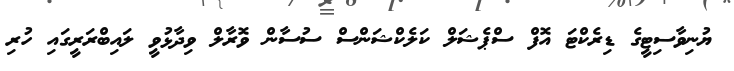
ޔުނިވާސިޓީގެ ޑިރެކްޓަ އޮފް ސްޕެޝަލް ކަލެކްޝަންސް ސުސާން ވޮރާލް ވިދާޅުވީ ލައިބްރަރީގައި ހުރި